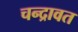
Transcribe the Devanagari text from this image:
चन्द्रावत